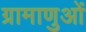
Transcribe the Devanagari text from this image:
ग्रामाणुओं